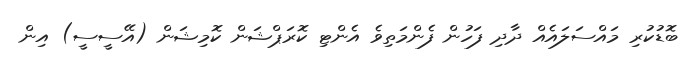
ބޮޑުކުރި މައްސަލައެއް ދާދި ފަހުން ފެންމަތިވެ އެންޓި ކޮރަޕްޝަން ކޮމިޝަން (އޭސީސީ) އިން